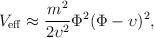
LaTeX: \begin{align*}V_{\rm eff} \approx \frac{m^2}{2 \upsilon^2} \Phi^2 (\Phi-\upsilon)^2,\end{align*}